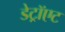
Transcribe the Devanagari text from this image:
डेट्रॉएट